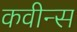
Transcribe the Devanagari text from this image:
कवीन्स